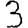
Digit: 3